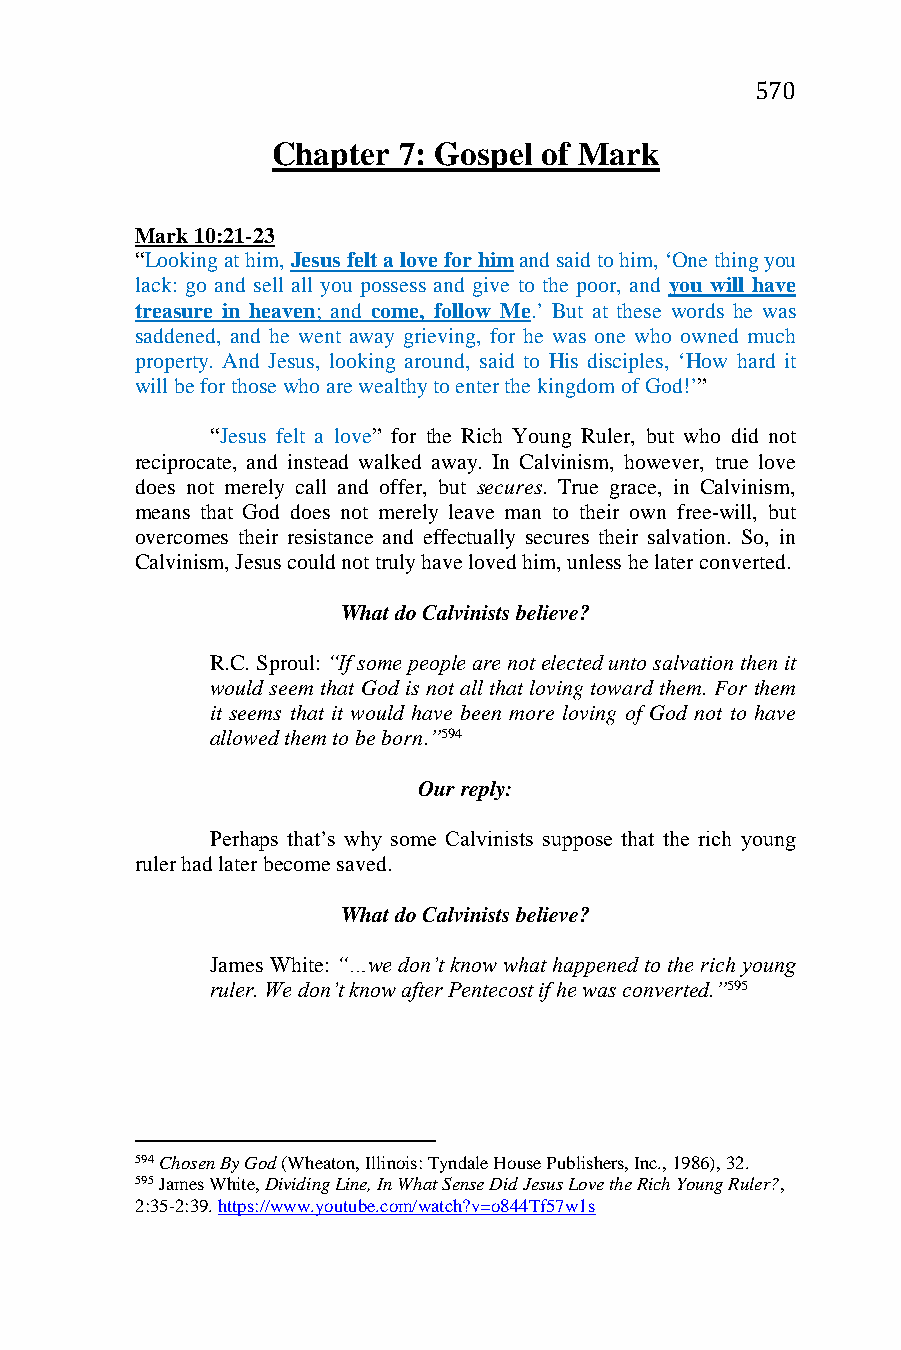
570
 Chapter 7: Gospel of Mark
 Mark 10:21-23
 “Looking at him, Jesus felt a love for him and said to him, ‘One thing you
 lack: go and sell all you possess and give to the poor, and you will have
 treasure in heaven; and come, follow Me.’ But at these words he was
 saddened, and he went away grieving, for he was one who owned much
 property. And Jesus, looking around, said to His disciples, ‘How hard it
 will be for those who are wealthy to enter the kingdom of God!’”
 “Jesus felt a love” for the Rich Young Ruler, but who did not
 reciprocate, and instead walked away. In Calvinism, however, true love
 does not merely call and offer, but secures. True grace, in Calvinism,
 means that God does not merely leave man to their own free-will, but
 overcomes their resistance and effectually secures their salvation. So, in
 Calvinism, Jesus could not truly have loved him, unless he later converted.
 What do Calvinists believe?
 R.C. Sproul: “If some people are not elected unto salvation then it
 would seem that God is not all that loving toward them. For them
 it seems that it would have been more loving of God not to have
 allowed them to be born.”594
 Our reply:
 Perhaps that’s why some Calvinists suppose that the rich young
 ruler had later become saved.
 What do Calvinists believe?
 James White: “…we don’t know what happened to the rich young
 ruler. We don’t know after Pentecost if he was converted.”595
 594 Chosen By God (Wheaton, Illinois: Tyndale House Publishers, Inc., 1986), 32.
 595 James White, Dividing Line, In What Sense Did Jesus Love the Rich Young Ruler?,
 2:35-2:39. https://www.youtube.com/watch?v=o844Tf57w1s